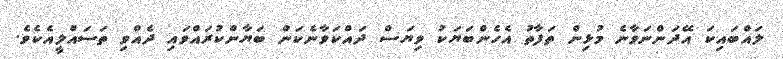
ލައްބައިކަ އޭދަންނަވާނެ މުޅިން ތަފާތު އެހެންބަޔަކު ވިޔަސް ދައްކަވާނެކަން ބަޔާންކުރައްވައި ދެއްވި ތަސައްލީއެކެވެ.